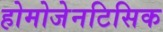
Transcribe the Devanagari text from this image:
होमोजेनटिसिक